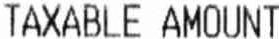
TAXABLE AMOUNT